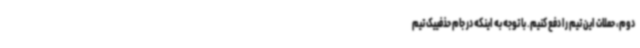
دوم، حملات این تیم را دفع کنیم. با توجه به اینکه در جام حذفییک تیم